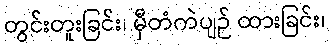
တွင်းတူးခြင်း၊ မှီတံကဲပျဉ် ထားခြင်း၊